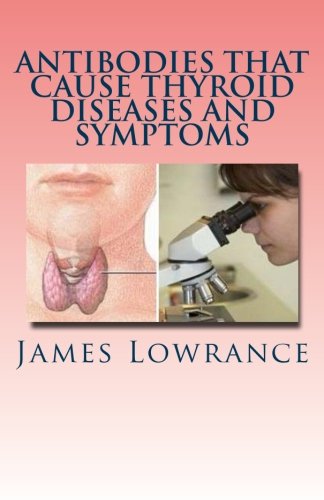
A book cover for Antibodies that Cause Thyroid Diseases and Symptoms: Immune Cells causing Hypothyroidism & Hyperthyroidism; James M. Lowrance; Health, Fitness & Dieting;